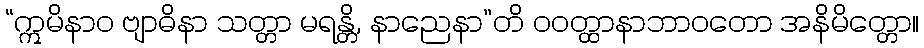
“ဣမိနာဝ ဗျာဓိနာ သတ္တာ မရန္တိ, နာညေနာ”တိ ဝဝတ္ထာနာဘာဝတော အနိမိတ္တော။